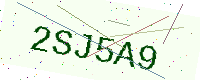
Text: 2SJ5A9